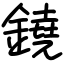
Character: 鐃